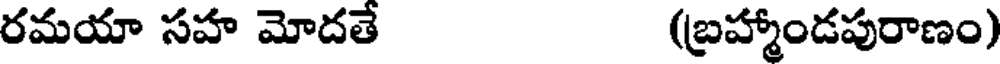
రమయా సహ మోదతే (బ్రహ్మాండపురాణం)